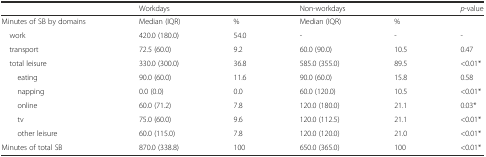
<table><thead><tr><td></td><td colspan="2"><b>Workdays</b></td><td colspan="2"><b>Non-workdays</b></td><td><b><i>p</i>-value</b></td></tr></thead><tbody><tr><td>Minutes of SB by domains</td><td>Median (IQR)</td><td>%</td><td>Median (IQR)</td><td>%</td><td></td></tr><tr><td> work</td><td>420.0 (180.0)</td><td>54.0</td><td>-</td><td>-</td><td>-</td></tr><tr><td> transport</td><td>72.5 (60.0)</td><td>9.2</td><td>60.0 (90.0)</td><td>10.5</td><td>0.47</td></tr><tr><td> total leisure</td><td>330.0 (300.0)</td><td>36.8</td><td>585.0 (355.0)</td><td>89.5</td><td>&lt;0.01*</td></tr><tr><td>eating</td><td>90.0 (60.0)</td><td>11.6</td><td>90.0 (60.0)</td><td>15.8</td><td>0.58</td></tr><tr><td>napping</td><td>0.0 (0.0)</td><td>0.0</td><td>60.0 (120.0)</td><td>10.5</td><td>&lt;0.01*</td></tr><tr><td>online</td><td>60.0 (71.2)</td><td>7.8</td><td>120.0 (180.0)</td><td>21.1</td><td>0.03*</td></tr><tr><td>tv</td><td>75.0 (60.0)</td><td>9.6</td><td>120.0 (112.5)</td><td>21.1</td><td>&lt;0.01*</td></tr><tr><td>other leisure</td><td>60.0 (115.0)</td><td>7.8</td><td>120.0 (120.0)</td><td>21.0</td><td>&lt;0.01*</td></tr><tr><td>Minutes of total SB</td><td>870.0 (338.8)</td><td>100</td><td>650.0 (365.0)</td><td>100</td><td>&lt;0.01*</td></tr></tbody></table>